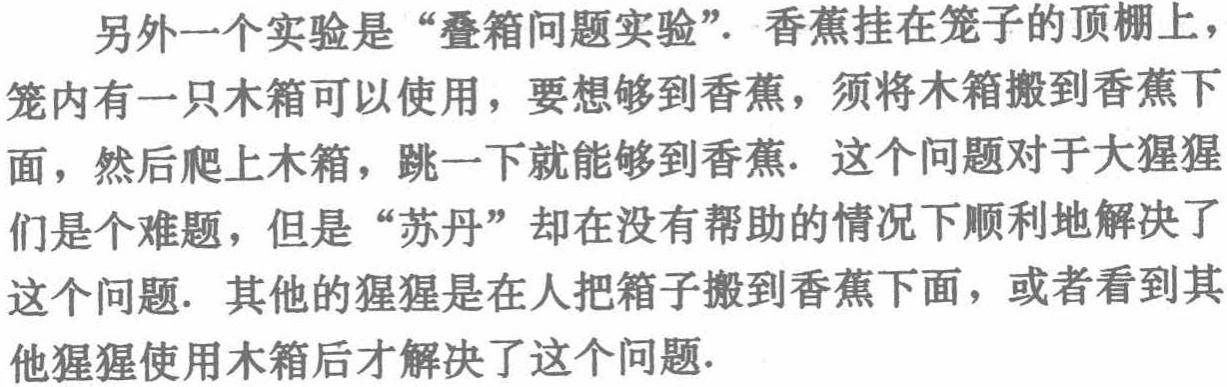
另外一个实验是“叠箱问题实验”. 香蕉挂在笼子的顶棚上，

笼内有一只木箱可以使用，要想够到香蕉，须将木箱搬到香蕉下

面，然后爬上木箱，跳一下就能够到香蕉. 这个问题对于大猩猩

们是个难题，但是“苏丹”却在没有帮助的情况下顺利地解决了

这个问题. 其他的猩猩是在人把箱子搬到香蕉下面，或者看到其

他猩猩使用木箱后才解决了这个问题.